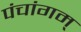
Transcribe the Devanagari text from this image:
पंचांगम्